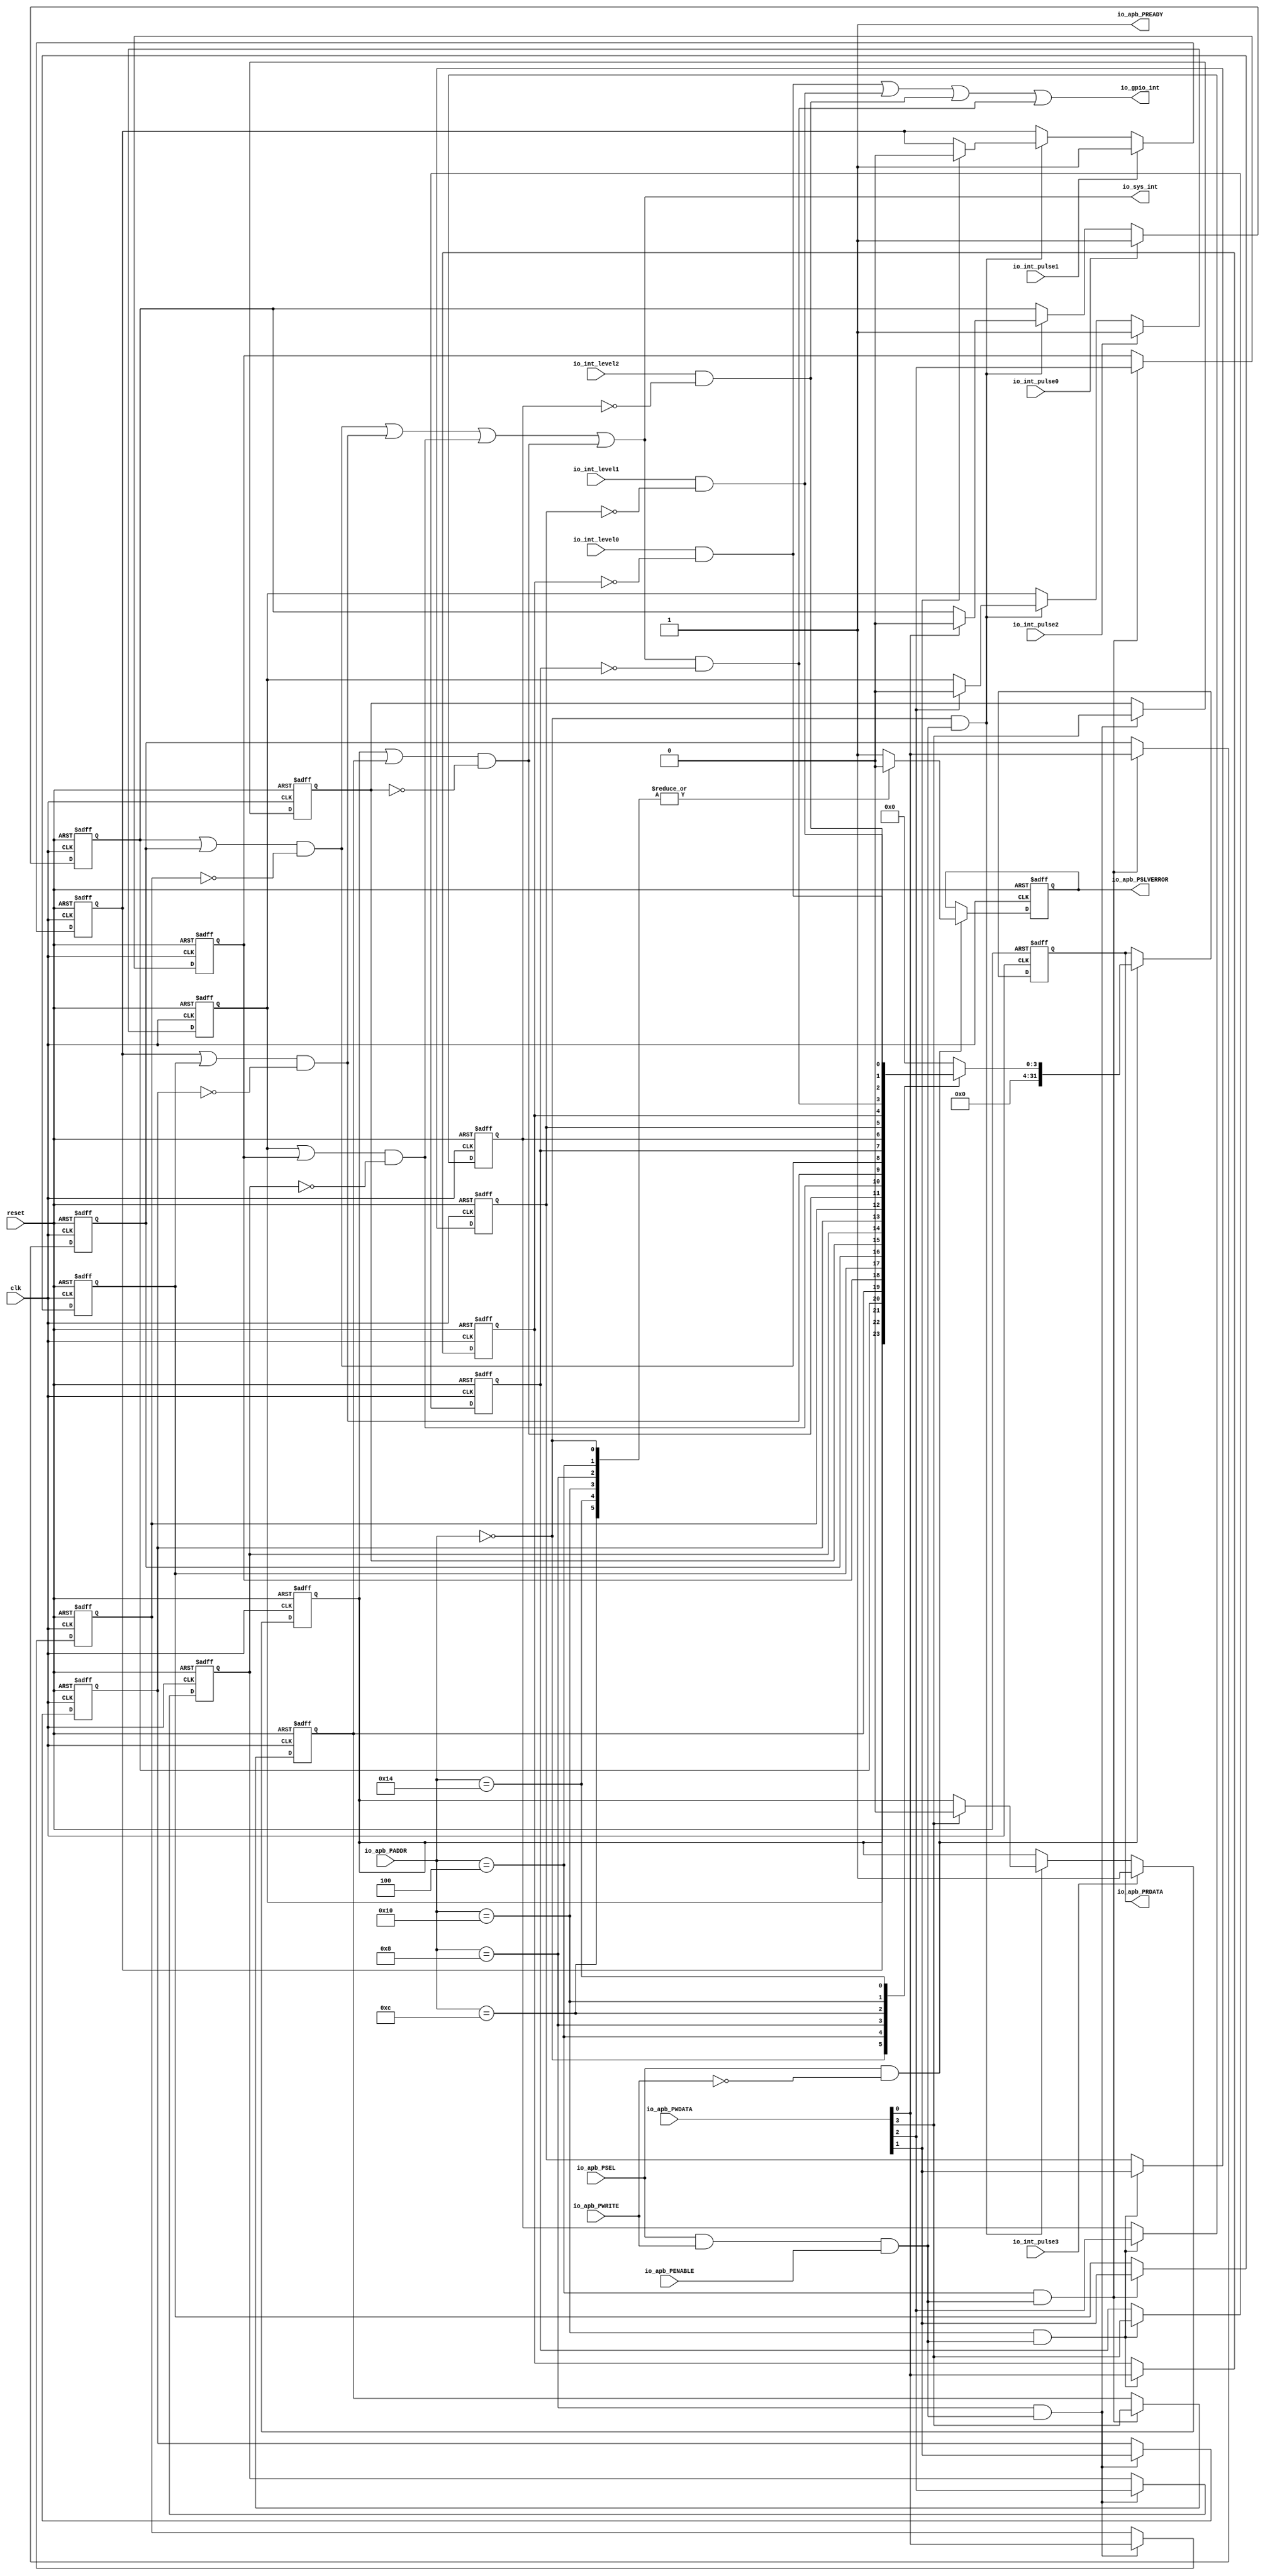
// Generator : SpinalHDL v1.7.2    git head : 08fc866bebdc40c471ebe327bface63e34406489
// Component : Interrupt_2
// Git hash  : 23d564a3e9d4d768c2cb1641ec7dc2becc0d2602

`timescale 1ns/1ps

module Interrupt_2 (
  input      [15:0]   io_apb_PADDR,
  input      [0:0]    io_apb_PSEL,
  input               io_apb_PENABLE,
  output              io_apb_PREADY,
  input               io_apb_PWRITE,
  input      [31:0]   io_apb_PWDATA,
  output     [31:0]   io_apb_PRDATA,
  output              io_apb_PSLVERROR,
  input               io_int_pulse0,
  input               io_int_pulse1,
  input               io_int_pulse2,
  input               io_int_pulse3,
  input               io_int_level0,
  input               io_int_level1,
  input               io_int_level2,
  output              io_sys_int,
  output              io_gpio_int,
  input               clk,
  input               reset
);

  reg                 busif_readError;
  reg        [31:0]   busif_readData;
  wire                busif_askWrite;
  wire                busif_askRead;
  wire                busif_doWrite;
  wire                busif_doRead;
  wire                read_hit_0x0000;
  wire                write_hit_0x0000;
  wire                read_hit_0x0004;
  wire                write_hit_0x0004;
  wire                read_hit_0x0008;
  wire                write_hit_0x0008;
  wire                read_hit_0x000c;
  wire                write_hit_0x000c;
  reg        [0:0]    _zz_busif_readData;
  reg        [0:0]    _zz_busif_readData_1;
  wire                when_RegInst_l554;
  reg        [0:0]    _zz_busif_readData_2;
  wire       [0:0]    _zz_busif_readData_3;
  reg        [0:0]    _zz_busif_readData_4;
  reg        [0:0]    _zz_busif_readData_5;
  wire                when_RegInst_l554_1;
  reg        [0:0]    _zz_busif_readData_6;
  wire       [0:0]    _zz_busif_readData_7;
  reg        [0:0]    _zz_busif_readData_8;
  reg        [0:0]    _zz_busif_readData_9;
  wire                when_RegInst_l554_2;
  reg        [0:0]    _zz_busif_readData_10;
  wire       [0:0]    _zz_busif_readData_11;
  reg        [0:0]    _zz_busif_readData_12;
  reg        [0:0]    _zz_busif_readData_13;
  wire                when_RegInst_l554_3;
  reg        [0:0]    _zz_busif_readData_14;
  wire       [0:0]    _zz_busif_readData_15;
  wire                SYS_intr;
  wire                read_hit_0x0010;
  wire                write_hit_0x0010;
  wire                read_hit_0x0014;
  wire                write_hit_0x0014;
  reg        [0:0]    _zz_busif_readData_16;
  wire       [0:0]    _zz_busif_readData_17;
  reg        [0:0]    _zz_busif_readData_18;
  wire       [0:0]    _zz_busif_readData_19;
  reg        [0:0]    _zz_busif_readData_20;
  wire       [0:0]    _zz_busif_readData_21;
  reg        [0:0]    _zz_busif_readData_22;
  wire       [0:0]    _zz_busif_readData_23;
  wire                GPIO_intr;

  assign io_apb_PREADY = 1'b1;
  assign io_apb_PRDATA = busif_readData;
  assign io_apb_PSLVERROR = busif_readError;
  assign busif_askWrite = (io_apb_PSEL[0] && io_apb_PWRITE);
  assign busif_askRead = (io_apb_PSEL[0] && (! io_apb_PWRITE));
  assign busif_doWrite = ((busif_askWrite && io_apb_PENABLE) && io_apb_PREADY);
  assign busif_doRead = ((busif_askRead && io_apb_PENABLE) && io_apb_PREADY);
  assign read_hit_0x0000 = ((io_apb_PADDR == 16'h0) && busif_doRead);
  assign write_hit_0x0000 = ((io_apb_PADDR == 16'h0) && busif_doWrite);
  assign read_hit_0x0004 = ((io_apb_PADDR == 16'h0004) && busif_doRead);
  assign write_hit_0x0004 = ((io_apb_PADDR == 16'h0004) && busif_doWrite);
  assign read_hit_0x0008 = ((io_apb_PADDR == 16'h0008) && busif_doRead);
  assign write_hit_0x0008 = ((io_apb_PADDR == 16'h0008) && busif_doWrite);
  assign read_hit_0x000c = ((io_apb_PADDR == 16'h000c) && busif_doRead);
  assign write_hit_0x000c = ((io_apb_PADDR == 16'h000c) && busif_doWrite);
  assign when_RegInst_l554 = io_apb_PWDATA[0];
  assign _zz_busif_readData_3[0] = ((_zz_busif_readData_1[0] || _zz_busif_readData[0]) && (! _zz_busif_readData_2[0]));
  assign when_RegInst_l554_1 = io_apb_PWDATA[1];
  assign _zz_busif_readData_7[0] = ((_zz_busif_readData_5[0] || _zz_busif_readData_4[0]) && (! _zz_busif_readData_6[0]));
  assign when_RegInst_l554_2 = io_apb_PWDATA[2];
  assign _zz_busif_readData_11[0] = ((_zz_busif_readData_9[0] || _zz_busif_readData_8[0]) && (! _zz_busif_readData_10[0]));
  assign when_RegInst_l554_3 = io_apb_PWDATA[3];
  assign _zz_busif_readData_15[0] = ((_zz_busif_readData_13[0] || _zz_busif_readData_12[0]) && (! _zz_busif_readData_14[0]));
  assign SYS_intr = (|(((_zz_busif_readData_3[0] || _zz_busif_readData_7[0]) || _zz_busif_readData_11[0]) || _zz_busif_readData_15[0]));
  assign io_sys_int = SYS_intr;
  assign read_hit_0x0010 = ((io_apb_PADDR == 16'h0010) && busif_doRead);
  assign write_hit_0x0010 = ((io_apb_PADDR == 16'h0010) && busif_doWrite);
  assign read_hit_0x0014 = ((io_apb_PADDR == 16'h0014) && busif_doRead);
  assign write_hit_0x0014 = ((io_apb_PADDR == 16'h0014) && busif_doWrite);
  assign _zz_busif_readData_17[0] = (io_int_level0 && (! _zz_busif_readData_16[0]));
  assign _zz_busif_readData_19[0] = (io_int_level1 && (! _zz_busif_readData_18[0]));
  assign _zz_busif_readData_21[0] = (io_int_level2 && (! _zz_busif_readData_20[0]));
  assign _zz_busif_readData_23[0] = (io_sys_int && (! _zz_busif_readData_22[0]));
  assign GPIO_intr = (|(((_zz_busif_readData_17[0] || _zz_busif_readData_19[0]) || _zz_busif_readData_21[0]) || _zz_busif_readData_23[0]));
  assign io_gpio_int = GPIO_intr;
  always @(posedge clk or posedge reset) begin
    if(reset) begin
      busif_readError <= 1'b0;
      busif_readData <= 32'h0;
      _zz_busif_readData <= 1'b0;
      _zz_busif_readData_1 <= 1'b0;
      _zz_busif_readData_2 <= 1'b1;
      _zz_busif_readData_4 <= 1'b0;
      _zz_busif_readData_5 <= 1'b0;
      _zz_busif_readData_6 <= 1'b1;
      _zz_busif_readData_8 <= 1'b0;
      _zz_busif_readData_9 <= 1'b0;
      _zz_busif_readData_10 <= 1'b1;
      _zz_busif_readData_12 <= 1'b0;
      _zz_busif_readData_13 <= 1'b0;
      _zz_busif_readData_14 <= 1'b1;
      _zz_busif_readData_16 <= 1'b1;
      _zz_busif_readData_18 <= 1'b1;
      _zz_busif_readData_20 <= 1'b1;
      _zz_busif_readData_22 <= 1'b1;
    end else begin
      if(write_hit_0x0004) begin
        _zz_busif_readData <= io_apb_PWDATA[0 : 0];
      end
      if(write_hit_0x0000) begin
        if(when_RegInst_l554) begin
          _zz_busif_readData_1[0] <= 1'b0;
        end
      end
      if(write_hit_0x0008) begin
        _zz_busif_readData_2 <= io_apb_PWDATA[0 : 0];
      end
      if(io_int_pulse0) begin
        _zz_busif_readData_1[0] <= 1'b1;
      end
      if(write_hit_0x0004) begin
        _zz_busif_readData_4 <= io_apb_PWDATA[1 : 1];
      end
      if(write_hit_0x0000) begin
        if(when_RegInst_l554_1) begin
          _zz_busif_readData_5[0] <= 1'b0;
        end
      end
      if(write_hit_0x0008) begin
        _zz_busif_readData_6 <= io_apb_PWDATA[1 : 1];
      end
      if(io_int_pulse1) begin
        _zz_busif_readData_5[0] <= 1'b1;
      end
      if(write_hit_0x0004) begin
        _zz_busif_readData_8 <= io_apb_PWDATA[2 : 2];
      end
      if(write_hit_0x0000) begin
        if(when_RegInst_l554_2) begin
          _zz_busif_readData_9[0] <= 1'b0;
        end
      end
      if(write_hit_0x0008) begin
        _zz_busif_readData_10 <= io_apb_PWDATA[2 : 2];
      end
      if(io_int_pulse2) begin
        _zz_busif_readData_9[0] <= 1'b1;
      end
      if(write_hit_0x0004) begin
        _zz_busif_readData_12 <= io_apb_PWDATA[3 : 3];
      end
      if(write_hit_0x0000) begin
        if(when_RegInst_l554_3) begin
          _zz_busif_readData_13[0] <= 1'b0;
        end
      end
      if(write_hit_0x0008) begin
        _zz_busif_readData_14 <= io_apb_PWDATA[3 : 3];
      end
      if(io_int_pulse3) begin
        _zz_busif_readData_13[0] <= 1'b1;
      end
      if(write_hit_0x0010) begin
        _zz_busif_readData_16 <= io_apb_PWDATA[0 : 0];
      end
      if(write_hit_0x0010) begin
        _zz_busif_readData_18 <= io_apb_PWDATA[1 : 1];
      end
      if(write_hit_0x0010) begin
        _zz_busif_readData_20 <= io_apb_PWDATA[2 : 2];
      end
      if(write_hit_0x0010) begin
        _zz_busif_readData_22 <= io_apb_PWDATA[3 : 3];
      end
      if(busif_askRead) begin
        case(io_apb_PADDR)
          16'h0 : begin
            busif_readData <= {28'h0,{_zz_busif_readData_13,{_zz_busif_readData_9,{_zz_busif_readData_5,_zz_busif_readData_1}}}};
            busif_readError <= 1'b0;
          end
          16'h0004 : begin
            busif_readData <= {28'h0,{_zz_busif_readData_12,{_zz_busif_readData_8,{_zz_busif_readData_4,_zz_busif_readData}}}};
            busif_readError <= 1'b0;
          end
          16'h0008 : begin
            busif_readData <= {28'h0,{_zz_busif_readData_14,{_zz_busif_readData_10,{_zz_busif_readData_6,_zz_busif_readData_2}}}};
            busif_readError <= 1'b0;
          end
          16'h000c : begin
            busif_readData <= {28'h0,{_zz_busif_readData_15,{_zz_busif_readData_11,{_zz_busif_readData_7,_zz_busif_readData_3}}}};
            busif_readError <= 1'b0;
          end
          16'h0010 : begin
            busif_readData <= {28'h0,{_zz_busif_readData_22,{_zz_busif_readData_20,{_zz_busif_readData_18,_zz_busif_readData_16}}}};
            busif_readError <= 1'b0;
          end
          16'h0014 : begin
            busif_readData <= {28'h0,{_zz_busif_readData_23,{_zz_busif_readData_21,{_zz_busif_readData_19,_zz_busif_readData_17}}}};
            busif_readError <= 1'b0;
          end
          default : begin
            busif_readData <= 32'h0;
            busif_readError <= 1'b1;
          end
        endcase
      end
    end
  end


endmodule